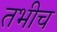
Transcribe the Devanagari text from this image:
तभीच